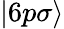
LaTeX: |6p\sigma\rangle